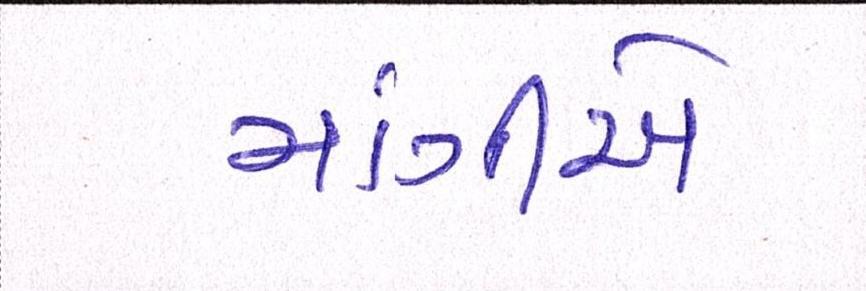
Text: માંગીએ